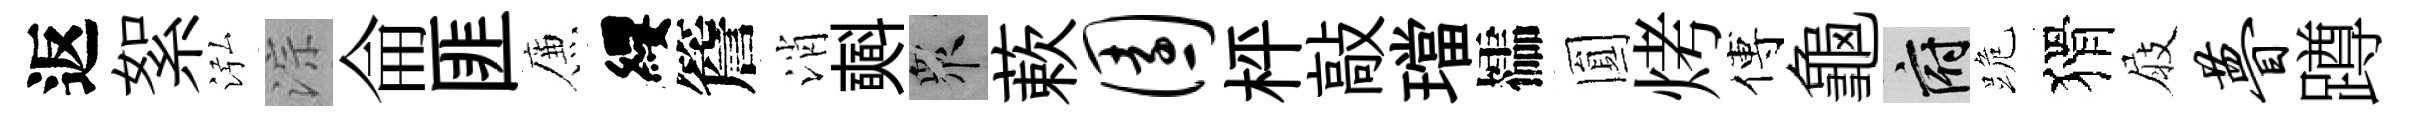
返絮泓淙侖匪簾纓簷消𣂏衆蔌园枰敲璫櫺圎烤傅龜府跪猾屐瞢蹲